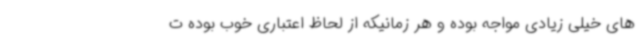
های خیلی زیادی مواجه بوده و هر زمانیکه از لحاظ اعتباری خوب بوده ت